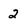
Character: 2